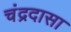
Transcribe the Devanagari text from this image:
चंद्रदासा